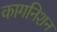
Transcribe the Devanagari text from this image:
कागनिशन